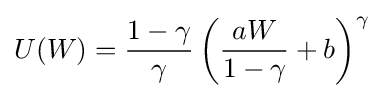
U(W)={\frac {1-\gamma }{\gamma }}\left({\frac {aW}{1-\gamma }}+b\right)^{\gamma }